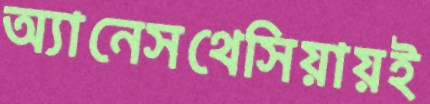
অ্যানেসথেসিয়ায়ই